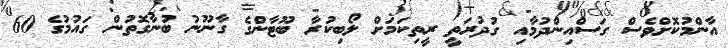
އާންމުކޮށްވެސް ގަސްއިންދުމާއި ގުދުރަތީ ރީތިކަމަށް ލޯބިކުރާ ބޫޓާންގެ ގާނޫނު ބުނާގޮތުން ގައުމުގެ 60